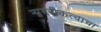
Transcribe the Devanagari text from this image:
नागरीकत्वाचा